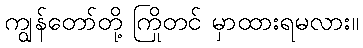
ကျွန်တော်တို့ ကြိုတင် မှာထားရမလား။